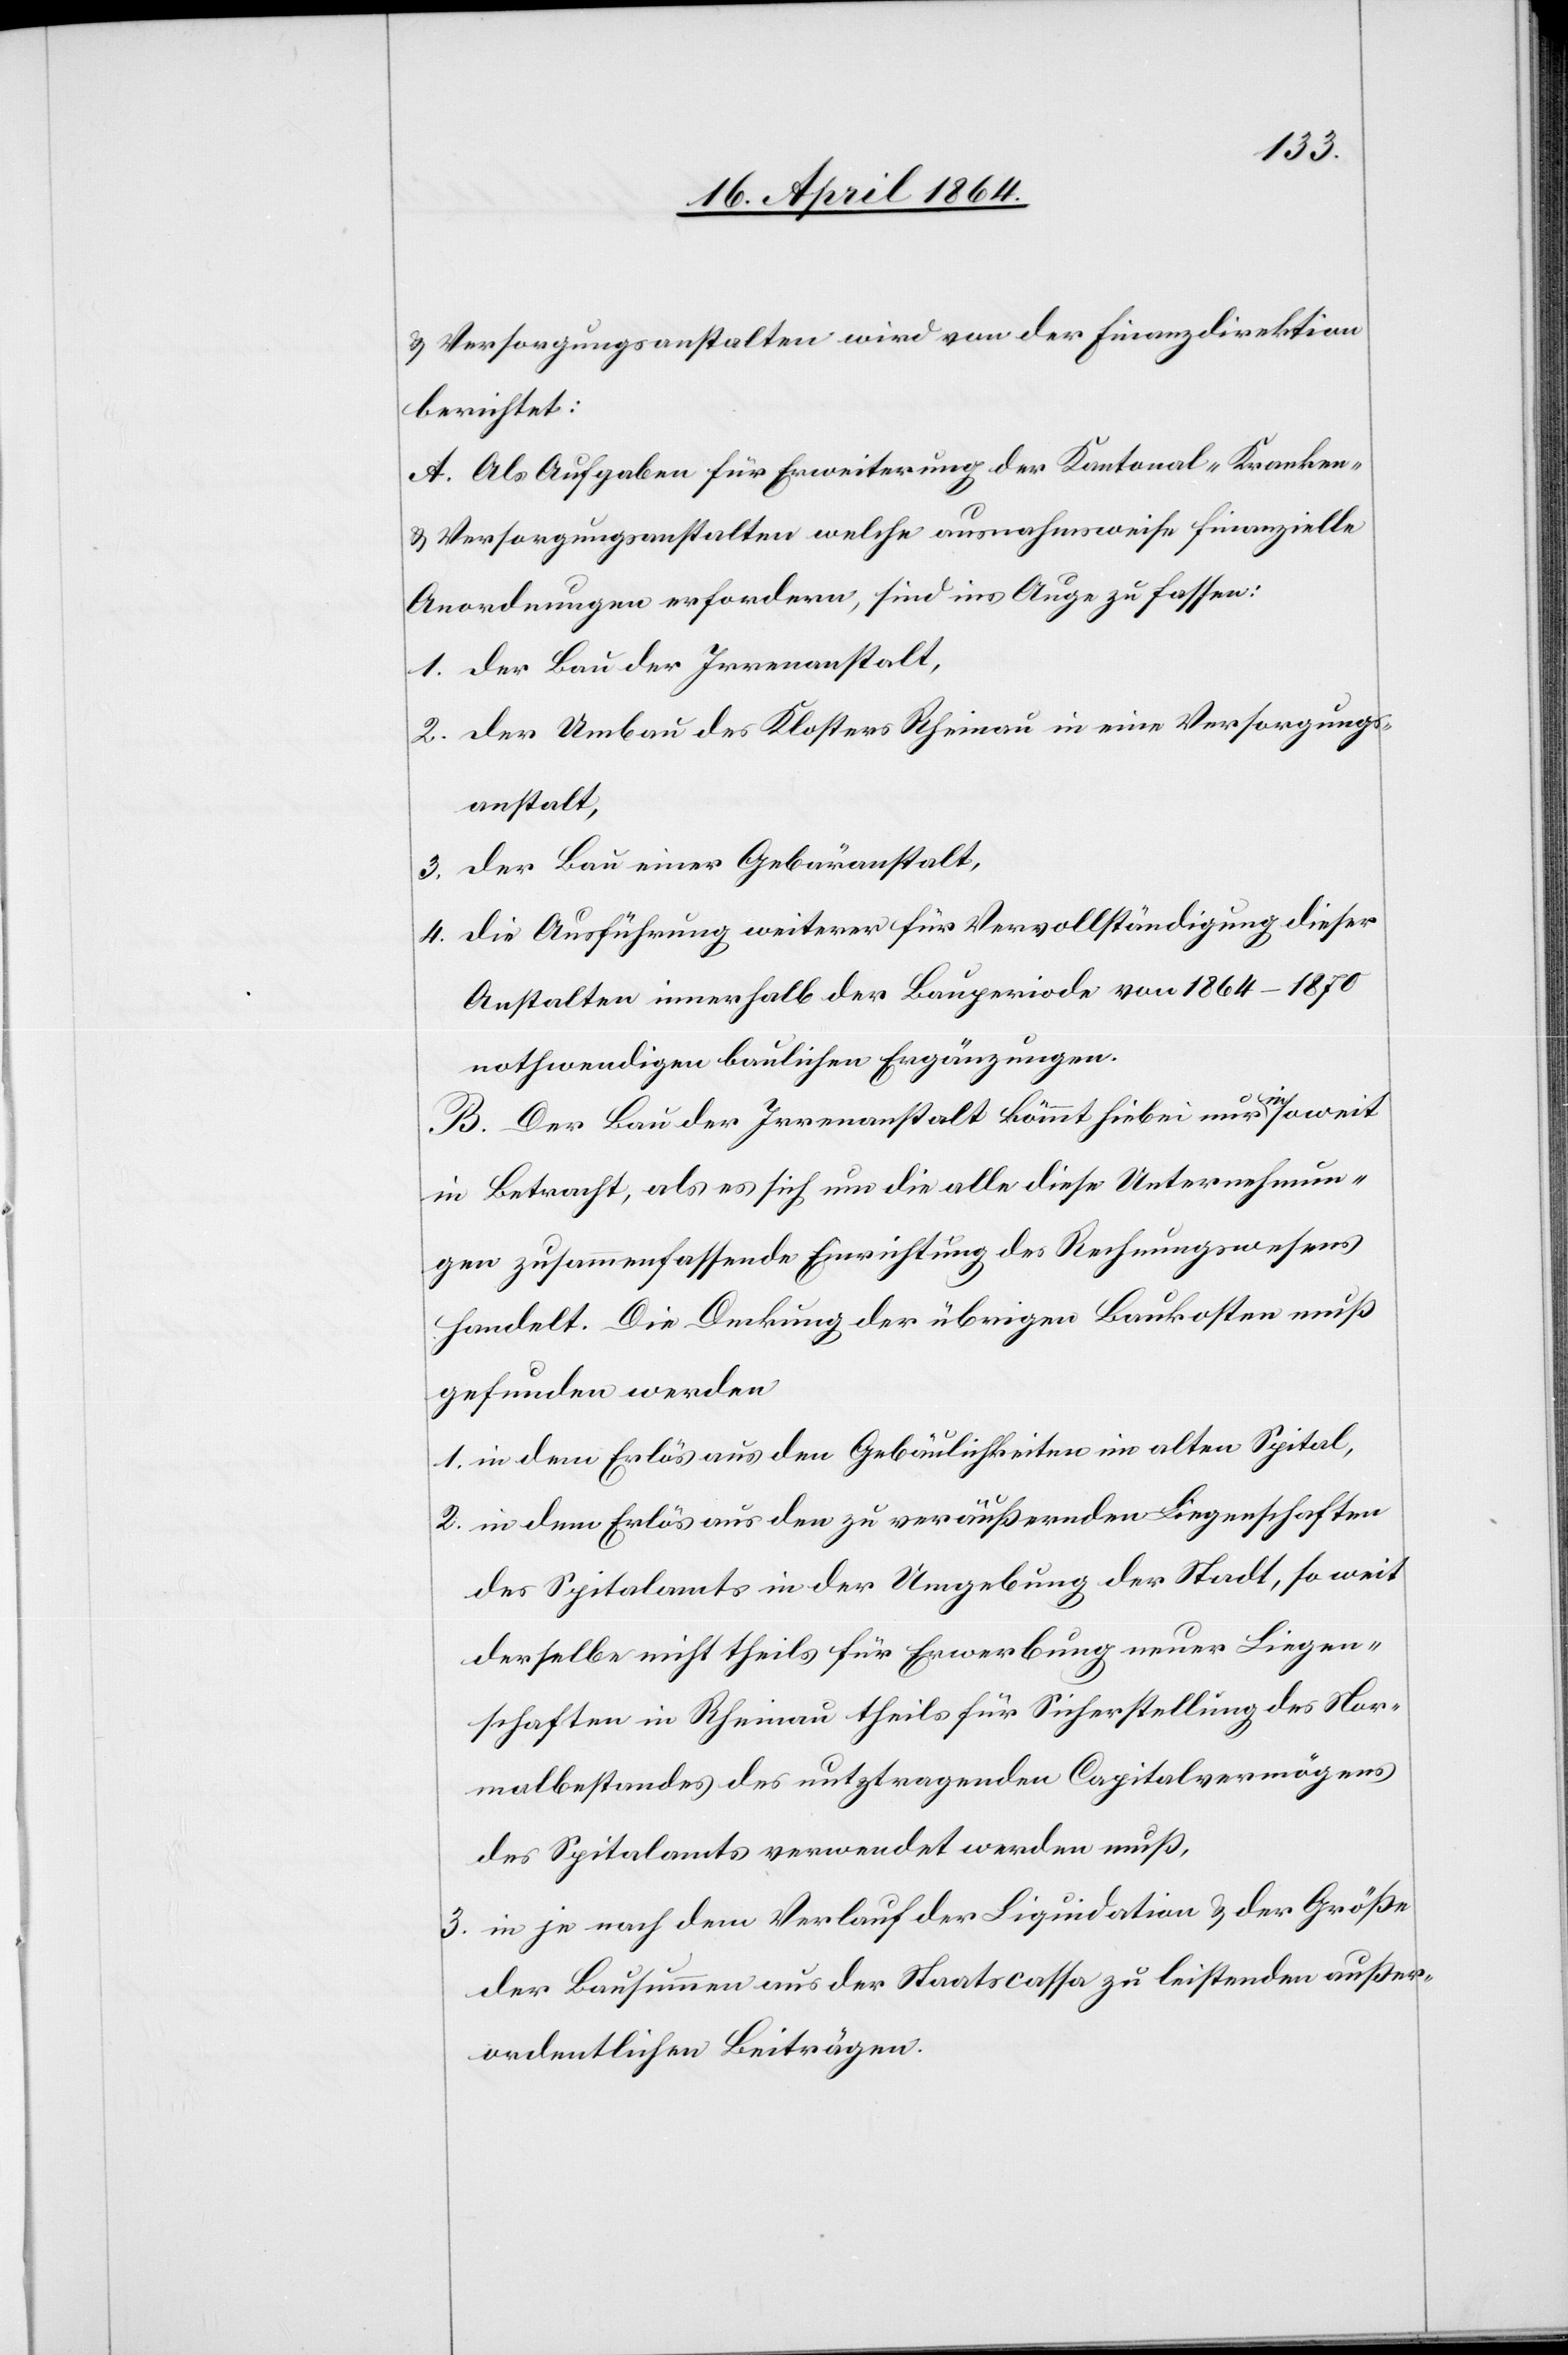
u. Versorgungsanstalten wird von der Finanzdirektion
berichtet:
A. Als Aufgaben für Erweiterung der Kantonal-Kranken-
u. Versorgungsanstalten welche ausnahmsweise finanzielle
Anordnungen erfordern, sind ins Auge zu fassen:
1. der Bau der Irrenanstalt,
2. der Umbau des Klosters Rheinau in eine Versorgungs¬
anstalt,
3. der Bau einer Gebäranstalt,
4. die Ausführung weiterer für Vervollständigung dieser
Anstalten innerhalb der Bauperiode von 1864–1870
nothwendigen baulichen Ergänzungen.
B. Der Bau der Irrenanstalt kömmt hiebei nur insoweit
in Betracht, als es sich um die alle diese Unternehmun¬
gen zusammenfassende Einrichtung des Rechnungswesens
handelt. Die Deckung der übrigen Baukosten muß
gefunden werden
1. in dem Erlös aus den Gebäulichkeiten im alten Spital,
2. in dem Erlös aus den zu veräußernden Liegenschaften
des Spitalamts in der Umgebung der Stadt, so weit
derselbe nicht theils für Erwerbung neuer Liegen¬
schaften in Rheinau theils für Sicherstellung des Nor¬
malbestandes des nutztragenden Capitalvermögens
des Spitalamts verwendet werden muß,
3. in je nach dem Verlauf der Liquidation u. der Größe
der Bausummen aus der Staatscassa zu leistenden außer¬
ordentlichen Beiträgen.